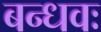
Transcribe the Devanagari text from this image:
बन्धवः